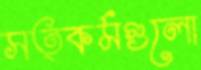
সত্কর্মগুলো